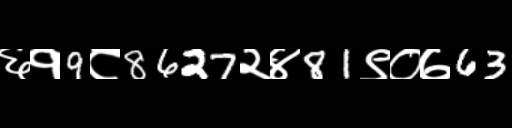
Text: ६१9८8627२४81९०७63